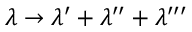
\lambda \to \lambda ^ { \prime } + \lambda ^ { \prime \prime } + \lambda ^ { \prime \prime \prime }